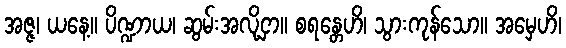
အဇ္ဇ၊ ယနေ့။ ပိဏ္ဍာယ၊ ဆွမ်းအလို့ငှာ။ စရန္တေဟိ၊ သွားကုန်သော။ အမှေဟိ၊